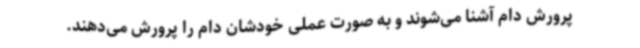
پرورش دام آشنا می‌شوند و به صورت عملی خودشان دام را پرورش می‌دهند.